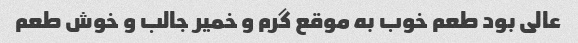
عالی بود طعم خوب به موقع گرم و خمیر جالب و خوش طعم